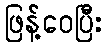
ဖြန့်ဝေပြီး